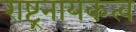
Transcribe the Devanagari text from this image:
राष्ट्रनायकत्व